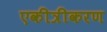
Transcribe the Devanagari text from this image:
एकीत्रीकरण